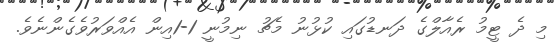
މި ދެ ޓީމު ރެއާލްގެ ދަނޑުގައި ކުޅުނު މެޗު ނިމުނީ 1-1އިން އެއްވަރުވެގެންނެވެ.